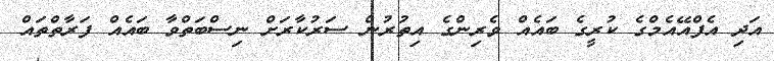
އަދި އެފްއޭއެމްގެ ކުރީގެ ބައެއް ވެރިންގެ އިތުރުން ސަރުކާރަށް ނިސްބަތްވާ ބައެއް ފަރާތްތައް